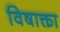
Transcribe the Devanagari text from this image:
विषाक्ता